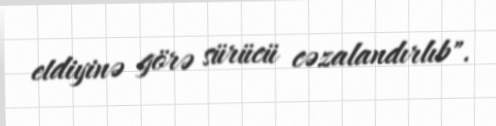
etdiyinə görə sürücü cəzalandırlıb".